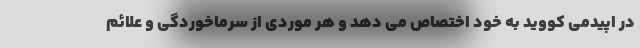
در اپیدمی کووید به خود اختصاص می دهد و هر موردی از سرماخوردگی و علائم